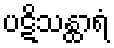
ပဋိသန္ထာရံ